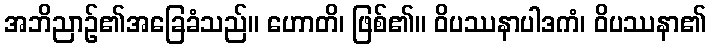
အဘိညာဉ်၏အခြေခံသည်။ ဟောတိ၊ ဖြစ်၏။ ဝိပဿနာပါဒကံ၊ ဝိပဿနာ၏